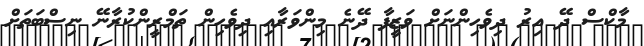
މާކްސް ދޭ އިރު ދިވެހިންނަށް ވަޒީފާ ދޭނެ މިންވަރާއި ދިވެހިން ތަމްރީންކުރާނޭ ނިސްބަތަށް